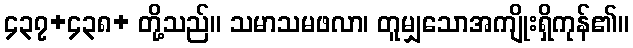
၄၃၇+၄၃၈+ တို့သည်။ သမာသမဖလာ၊ တူမျှသောအကျိုးရှိကုန်၏။